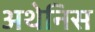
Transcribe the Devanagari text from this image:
अथेनिस